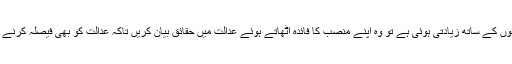
اگر بھارتی صدر یہ سمجھتے ہیں کہ مسلمانوں کے ساتھ زیادتی ہوئی ہے تو وہ اپنے منصب کا فائدہ اٹھاتے ہوئے عدالت میں حقائق بیان کریں تاکہ عدالت کو بھی فیصلہ کرنے میں آسانی ہو اور حق دار کو حق مل جائے ۔